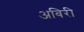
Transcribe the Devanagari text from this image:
अबिरी